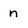
Character: n